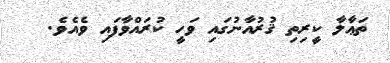
ތަޢާލާ ކީރިތި ޤުރުއާނުގައި ވަހީ ކުރައްވާފައި ވެއެވެ.